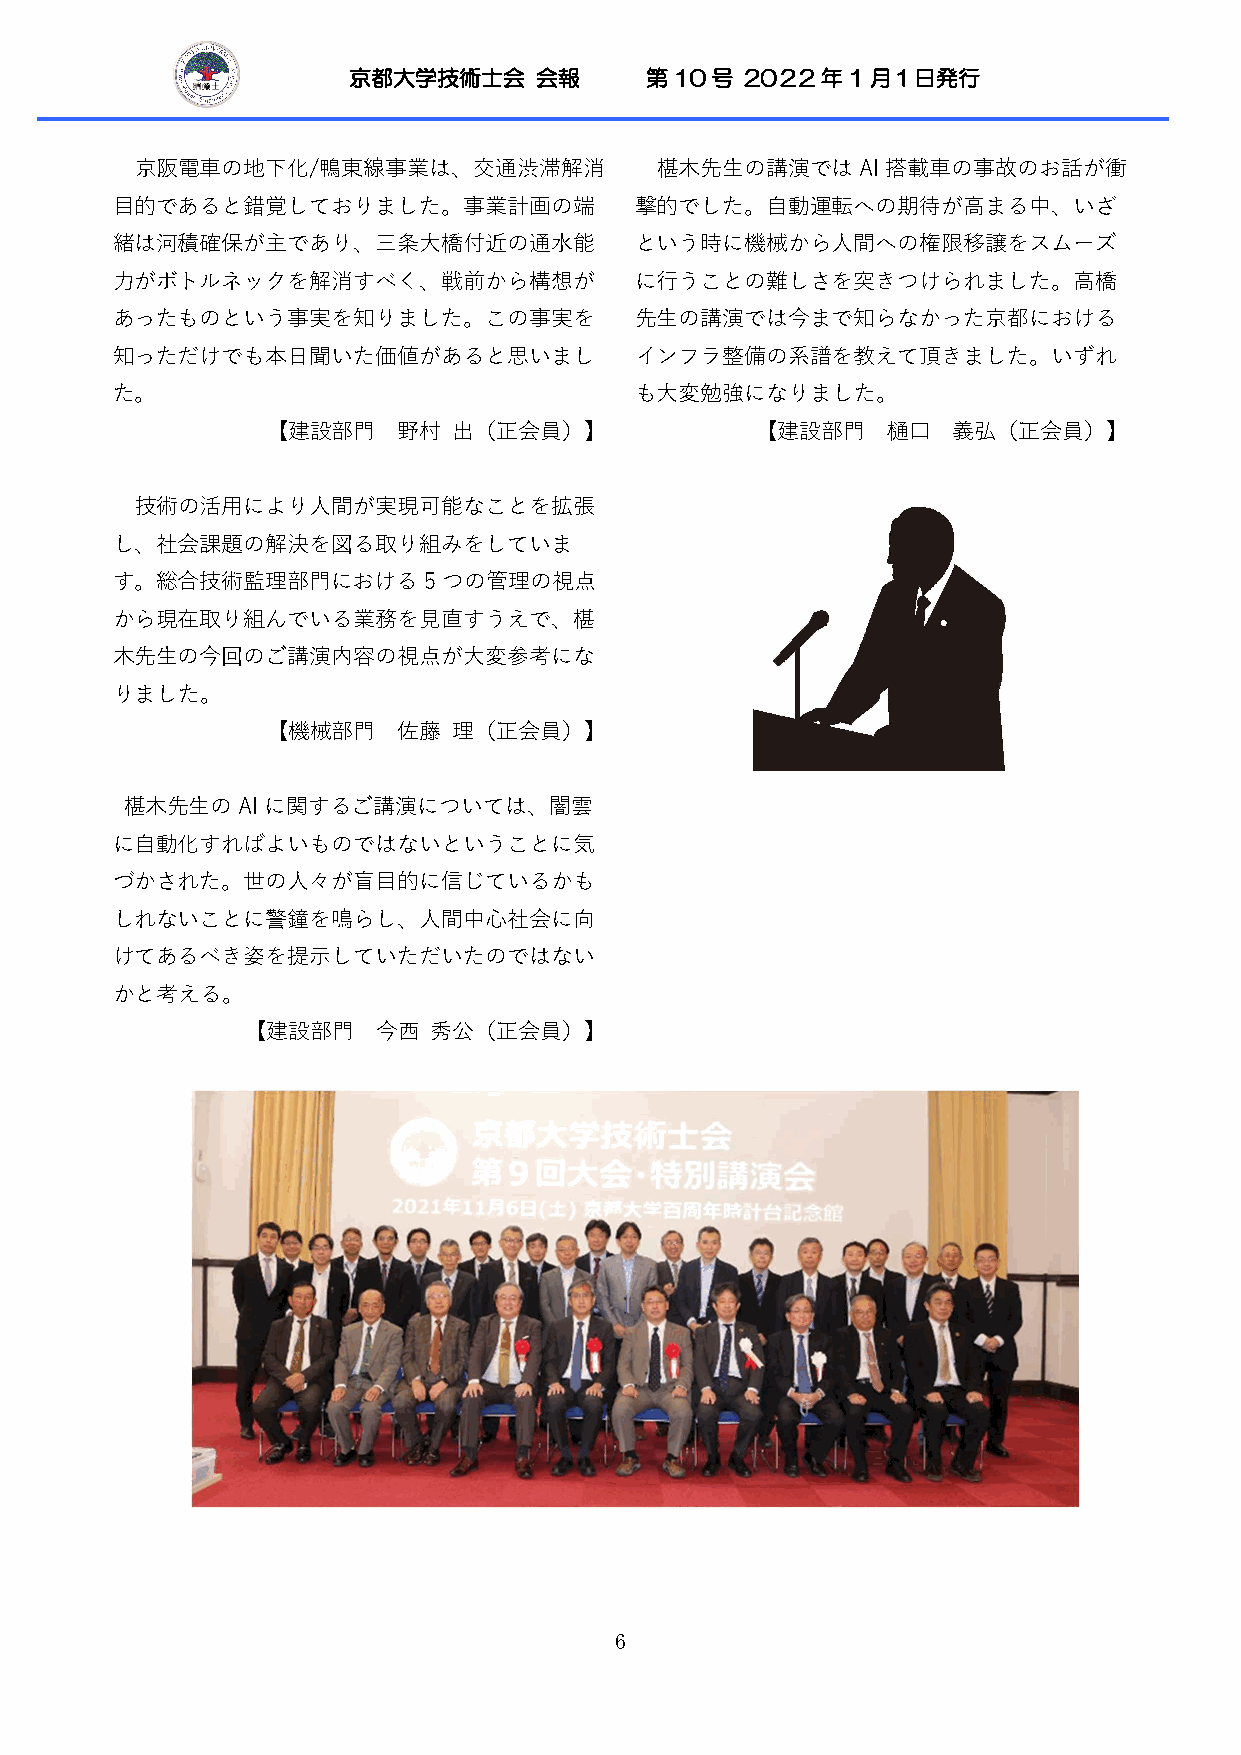
京都大学技術士会    会報      第10号  20２2年1月１日発行
 京阪電車の地下化/鴨東線事業は、交通渋滞解消            椹木先生の講演ではAI搭載車の事故のお話が衝
 目的であると錯覚しておりました。事業計画の端             撃的でした。自動運転への期待が高まる中、いざ
 緒は河積確保が主であり、三条大橋付近の通水能             という時に機械から人間への権限移譲をスムーズ
 力がボトルネックを解消すべく、戦前から構想が             に行うことの難しさを突きつけられました。高橋
 あったものという事実を知りました。この事実を             先生の講演では今まで知らなかった京都における
 知っただけでも本日聞いた価値があると思いまし             インフラ整備の系譜を教えて頂きました。いずれ
 た。                                 も大変勉強になりました。
 【建設部門   野村  出（正会員）】             【建設部門    樋口  義弘（正会員）】
 技術の活用により人間が実現可能なことを拡張
 し、社会課題の解決を図る取り組みをしていま
 す。総合技術監理部門における5つの管理の視点
 から現在取り組んでいる業務を見直すうえで、椹
 木先生の今回のご講演内容の視点が大変参考にな
 りました。
 【機械部門   佐藤  理（正会員）】
 椹木先生のAIに関するご講演については、闇雲
 に自動化すればよいものではないということに気
 づかされた。世の人々が盲目的に信じているかも
 しれないことに警鐘を鳴らし、人間中心社会に向
 けてあるべき姿を提示していただいたのではない
 かと考える。
 【建設部門    今西  秀公（正会員）】
 6